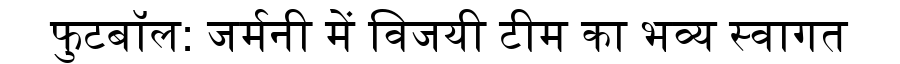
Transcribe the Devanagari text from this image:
फुटबॉल: जर्मनी में विजयी टीम का भव्य स्वागत